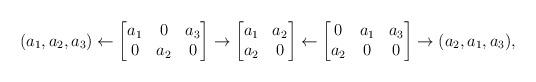
LaTeX: \begin{align*} (a_1, a_2, a_3) \leftarrow \begin{bmatrix} a_1&0&a_3\\0&a_2&0 \end{bmatrix} \to \begin{bmatrix} a_1&a_2\\ a_2& 0 \end{bmatrix} \leftarrow \begin{bmatrix} 0&a_1&a_3\\a_2&0&0 \end{bmatrix} \to (a_2, a_1, a_3), \end{align*}